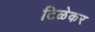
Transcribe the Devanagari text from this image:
टिळेकर